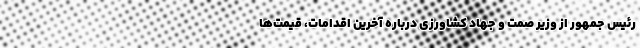
رئیس جمهور از وزیر صمت و جهاد کشاورزی درباره آخرین اقدامات، قیمت‌ها